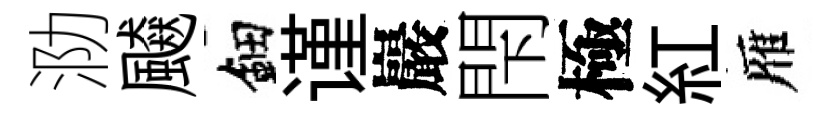
泐飇鈿谨巖閇極紅雁